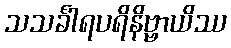
သသင်္ခါရပရိနိဗ္ဗာယိဿ